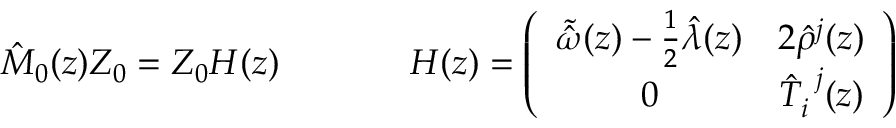
\begin{array} { c c } { { \hat { M } _ { 0 } ( z ) Z _ { 0 } = Z _ { 0 } H ( z ) ~ ~ ~ ~ } } & { { ~ ~ ~ ~ H ( z ) = \left( \begin{array} { c c } { { \tilde { \hat { \omega } } ( z ) - \frac { 1 } { 2 } \hat { \lambda } ( z ) } } & { { 2 \hat { \rho } ^ { j } ( z ) } } \\ { { 0 } } & { { \hat { T } _ { i } ^ { ~ j } ( z ) } } \end{array} \right) } } \end{array}